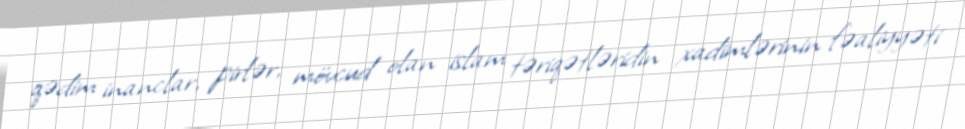
qədim inanclar, pirlər, mövcud olan islam təriqətləridin xadimlərinin fəaliyyəti